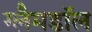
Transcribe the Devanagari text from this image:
ग्लैमडॉल